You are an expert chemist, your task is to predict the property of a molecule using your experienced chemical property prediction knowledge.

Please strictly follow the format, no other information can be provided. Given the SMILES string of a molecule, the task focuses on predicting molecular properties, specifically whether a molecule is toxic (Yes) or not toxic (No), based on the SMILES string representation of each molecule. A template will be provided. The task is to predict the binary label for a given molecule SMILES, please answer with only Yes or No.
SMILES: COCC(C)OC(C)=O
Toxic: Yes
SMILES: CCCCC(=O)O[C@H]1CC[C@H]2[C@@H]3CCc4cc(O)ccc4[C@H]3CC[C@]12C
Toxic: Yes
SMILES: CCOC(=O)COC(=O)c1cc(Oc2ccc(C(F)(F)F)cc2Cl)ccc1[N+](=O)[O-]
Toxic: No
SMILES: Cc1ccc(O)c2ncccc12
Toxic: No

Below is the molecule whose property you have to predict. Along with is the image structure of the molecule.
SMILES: CCCCCC[C@@H](O)C/C=C\CCCCCCCC(=O)OC
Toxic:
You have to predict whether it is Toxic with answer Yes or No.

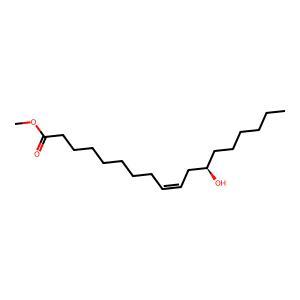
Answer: No